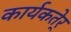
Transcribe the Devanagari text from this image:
कार्यकतेर्